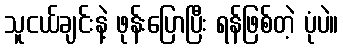
သူငယ်ချင်းနဲ့ ဖုန်းပြောပြီး ရန်ဖြစ်တဲ့ ပုံပဲ။